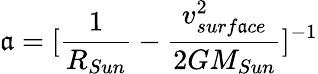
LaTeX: \mathfrak{a}=\lbrack\frac{{1}}{{R_{Sun}}}-\frac{{v_{surf\mathfrak{a}ce}^{2}}}{{2GM_{Sun}}}\rbrack^{-1}